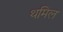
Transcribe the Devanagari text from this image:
थमिल